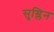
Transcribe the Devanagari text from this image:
सुम्लिन